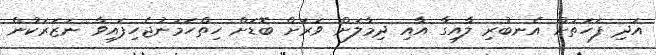
އަދި ފަހަތަށް އެނބުރި ލާއިގާ އާއި ދިމާލަށް ވަރަށް ބޮޑަށް ހިތްހަމަނުޖެހިފައިވާ ނަޒަރަކުން